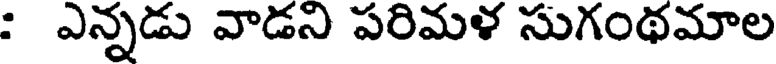
: ఎన్నడు వాడని పరిమళ సుగంథమాల